system: You are a helpful assistant.
user:
Analyze the provided spectrum to determine if it is a **S-type Star**.

- **Key Indicators for S-type Star:**

    - **(Overall Spectrum Shape):** The first and most obvious characteristic is the overall continuum (the "baseline" shape). It is **extremely "red-sloping,"** meaning the flux (light intensity) is very low on the left side (blue, ~4000-4500 Å) and rises steeply and continuously toward the right side (red, ~7000 Å+).

    - **(Primary):** The spectrum is defined by the presence of strong, broad molecular absorption "valleys" (bands) from **Zirconium Oxide (ZrO)**. The identification of these bands is the **primary requirement** for classifying a star as S-type.
        - **(Key Bandheads):** You must find distinct, deep "dips" where the light has been absorbed. The most critical band systems to locate are:
            - **~6474 Å** ($\gamma$-system): This is often the strongest and clearest ZrO feature, found in the red part of the spectrum.
            - **~5718 Å** & **~5551 Å** ($\beta$-system): A pair of prominent absorption features in the yellow-orange part of the spectrum.
            - **~4640 Å** ($\alpha$-system): A key absorption band system in the blue-green region of the spectrum.

    - **(Secondary Confirmation):** The classification is strengthened by finding additional absorption bands from other related heavy element oxides, which are expected to be present alongside ZrO.
        - **(Key Bandheads):**
            - **Yttrium Oxide (YO):** Look for absorption dips near **~4800 Å** and **~6100 Å**.
            - **Lanthanum Oxide (LaO):** Additional absorption features, particularly in the red-orange part of the spectrum, are also characteristic.

    - **(Line Profile):** The combination of the steep red continuum and these numerous, deep molecular bands (ZrO, YO, etc.) gives the entire spectrum a very **"chopped-up"** or **"bumpy"** appearance. Instead of a smooth curve, the spectrum looks as though large, wide chunks of light have been "carved out" of it at the specific wavelengths listed above.

Think first, call **spectral_visualization_tool** if needed to examine features in detail, then provide your final answer. Your response must adhere to the following strict rules:
1.  **Overall Structure:** Your response must follow the format `<think>...</think> <tool_call>...</tool_call> (if a tool is used) <answer>...</answer>`.
2.  **Tool Usage Constraint:** You may only make **one** tool call per turn.
3.  **Final Answer Format:** In the `<answer>` tag, your conclusion must be inside a `\boxed{}` command (e.g., `\boxed{YES}` or `\boxed{NO}`), followed by your justification.

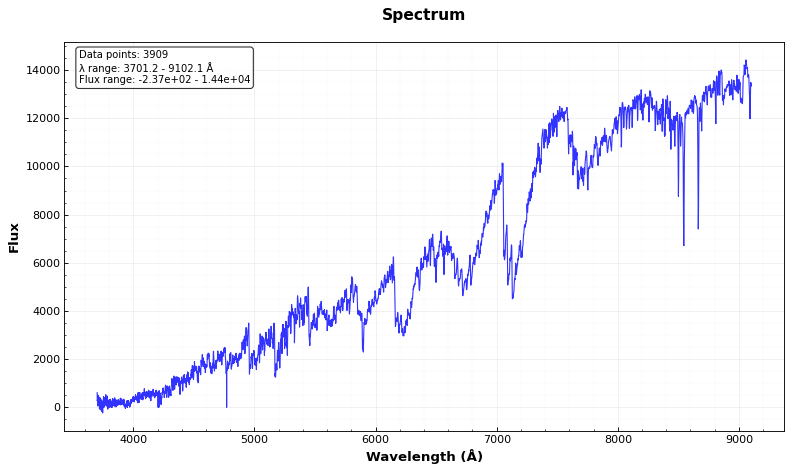
Answer: YES